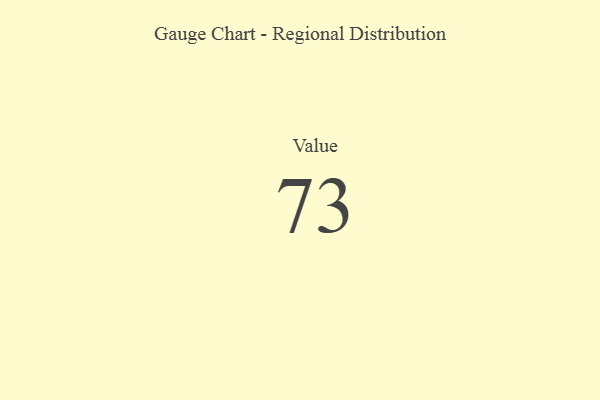
{"axis": {"x": "Metric", "y": "Value"}, "legend": [""], "data": [{"x": "Value", "y": 73, "type": ""}]}